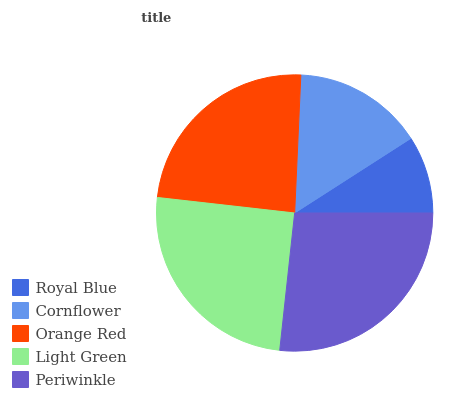
| Royal Blue | Cornflower | Orange Red | Light Green | Periwinkle |
 | --- | --- | --- | --- | --- |
 | 9.08% | 15.2% | 23.9% | 25.1% | 26.7% |